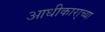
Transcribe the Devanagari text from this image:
आधीकारा्च्या